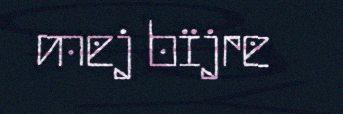
mej bïjre